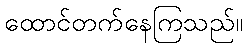
ထောင်တက်နေကြသည်။